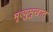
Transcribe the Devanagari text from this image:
मृत्युमुखात